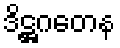
ဒိဋ္ဌဂတေန